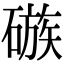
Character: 䃚